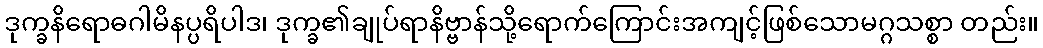
ဒုက္ခနိရောဓဂါမိနပ္ပရိပါဒ၊ ဒုက္ခ၏ချုပ်ရာနိဗ္ဗာန်သို့ရောက်ကြောင်းအကျင့်ဖြစ်သောမဂ္ဂသစ္စာ တည်း။